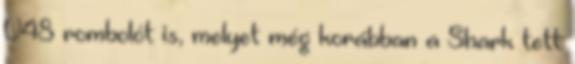
V48 rombolót is, melyet még korábban a Shark tett